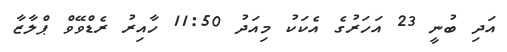
އަދި ބުނީ 23 އަހަރުގެ އެކަކު މިއަދު 11:50 ހާއިރު ރެޑްވޭވް ޕްލާޒާ